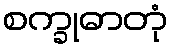
စက္ခုဓာတုံ